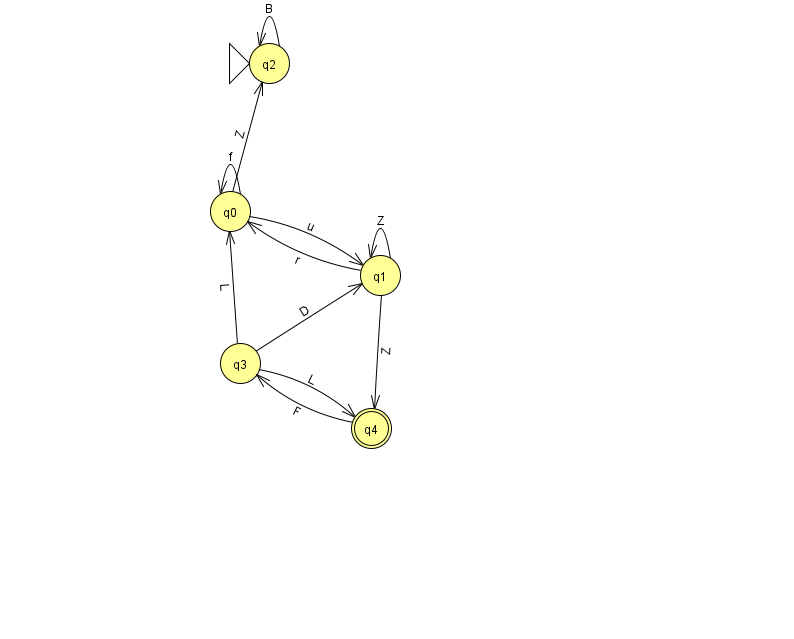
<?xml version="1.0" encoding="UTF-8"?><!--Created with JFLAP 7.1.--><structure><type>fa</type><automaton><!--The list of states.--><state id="0" name="q0"><x>230.0</x><y>198.0</y></state><state id="1" name="q1"><x>380.0</x><y>262.0</y></state><state id="2" name="q2"><x>269.0</x><y>50.0</y><initial/></state><state id="3" name="q3"><x>240.0</x><y>350.0</y></state><state id="4" name="q4"><x>371.0</x><y>415.0</y><final/></state><!--The list of transitions.--><transition><from>3</from><to>0</to><read>L</read></transition><transition><from>2</from><to>2</to><read>B</read></transition><transition><from>3</from><to>1</to><read>D</read></transition><transition><from>3</from><to>4</to><read>L</read></transition><transition><from>1</from><to>4</to><read>Z</read></transition><transition><from>0</from><to>0</to><read>f</read></transition><transition><from>0</from><to>2</to><read>Z</read></transition><transition><from>1</from><to>0</to><read>r</read></transition><transition><from>1</from><to>1</to><read>Z</read></transition><transition><from>0</from><to>1</to><read>u</read></transition><transition><from>4</from><to>3</to><read>F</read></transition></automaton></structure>